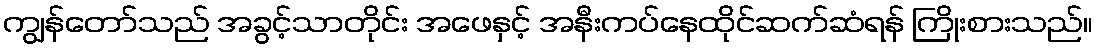
ကျွန်တော်သည် အခွင့်သာတိုင်း အဖေနှင့် အနီးကပ်နေထိုင်ဆက်ဆံရန် ကြိုးစားသည်။